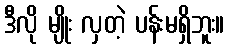
ဒီလို မျိုး လှတဲ့ ပန်းမရှိဘူး။